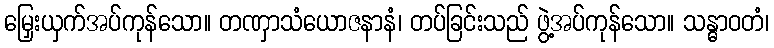
မြှေးယှက်အပ်ကုန်သော။ တဏှာသံယောဇနာနံ၊ တပ်ခြင်းသည် ဖွဲ့အပ်ကုန်သော။ သန္ဓာဝတံ၊